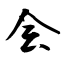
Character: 会